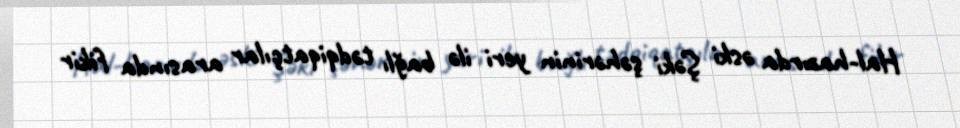
Hal-hazırda əski Şəki şəhərinin yeri ilə bağlı tədqiqatçılar arasında fikir